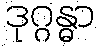
ဒုဂ္ဂန္ဓာ